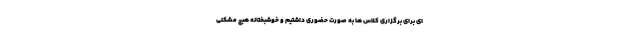
ای برای برگزاری کلاس ها به صورت حضوری داشتیم و خوشبختانه هیچ مشکلی